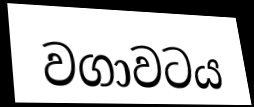
වගාවටය